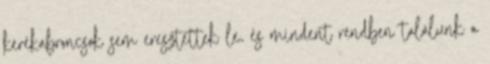
kerékabroncsok sem eresztettek le, és mindent rendben találunk a